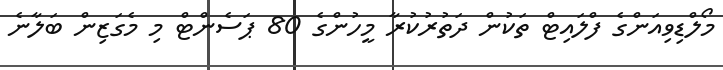
މޯލްޑިވިއަންގެ ފްލައިޓް ތަކުން ދަތުރުކުރާ މީހުންގެ 80 ޕަސެންޓް މި މެގަޒިން ބަލާނެ